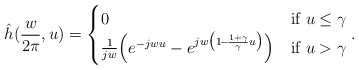
\begin{align*} \hat{h}(\frac{w}{2\pi},u) = \begin{cases} 0 & \textrm{if } u \le \gamma \\ \frac{1}{jw}\Big(e^{-jwu} - e^{jw \big(1 \!-\! \frac{1+\gamma}{\gamma}u \big)}\Big) & \textrm{if } u > \gamma \end{cases}. \end{align*}